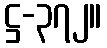
ဋ္ဌ-၃၇၂။